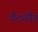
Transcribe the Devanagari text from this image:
गेटशीड